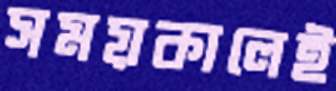
সময়কালেই